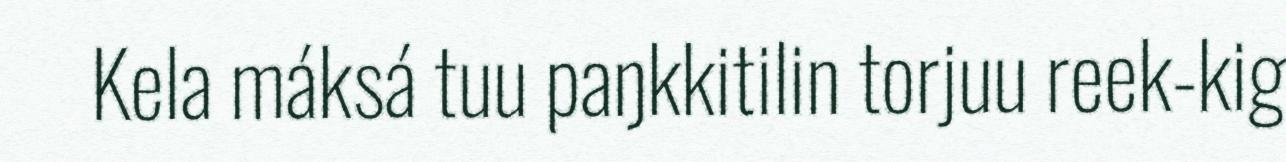
Kela máksá tuu paŋkkitilin torjuu reek-kig